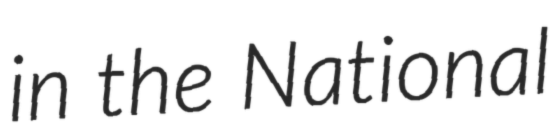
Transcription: in the National